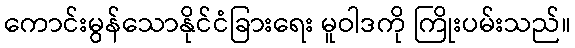
ကောင်းမွန်သောနိုင်ငံခြားရေး မူဝါဒကို ကြိုးပမ်းသည်။